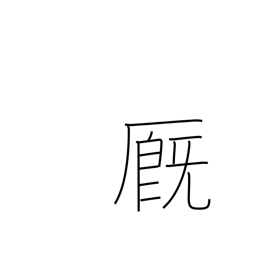
Meaning: stable